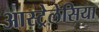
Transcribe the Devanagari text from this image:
आस्ट्रेलेसिया